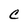
Character: C